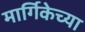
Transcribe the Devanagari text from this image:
मार्गिकेच्या